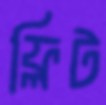
ফ্লিট